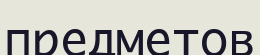
предметов